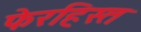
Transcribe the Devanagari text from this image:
फेरहिस्त